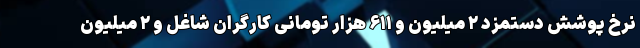
نرخ پوشش دستمزد ۲ میلیون و ۶۱۱ هزار تومانی کارگران شاغل و ۲ میلیون